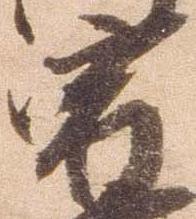
宿